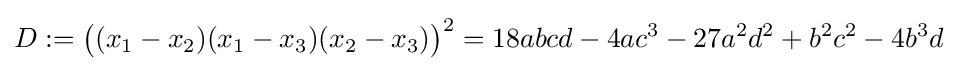
D:={\bigl (}(x_{1}-x_{2})(x_{1}-x_{3})(x_{2}-x_{3}){\bigr )}^{2}=18abcd-4ac^{3}-27a^{2}d^{2}+b^{2}c^{2}-4b^{3}d~